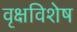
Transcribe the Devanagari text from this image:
वृक्षविशेष